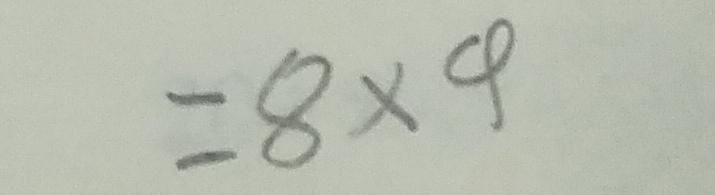
= 8 \times 4